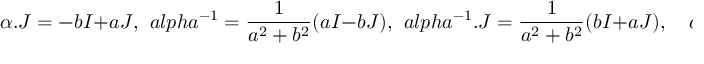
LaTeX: \alpha . J = - b I + a J , \ \, a l p h a ^ { - 1 } = \frac { 1 } { a ^ { 2 } + b ^ { 2 } } ( a I - b J ) , \ \, a l p h a ^ { - 1 } . J = \frac { 1 } { a ^ { 2 } + b ^ { 2 } } ( b I + a J ) , \quad d e t ( \alpha ) = a ^ { 2 } + b ^ { 2 }